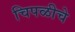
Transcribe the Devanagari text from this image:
चिपळीचे